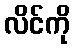
လိင်ကို